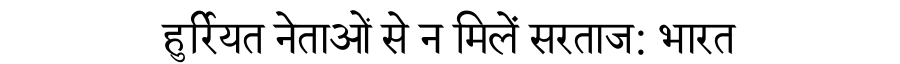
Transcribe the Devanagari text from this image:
हुर्रियत नेताओं से न मिलें सरताज: भारत